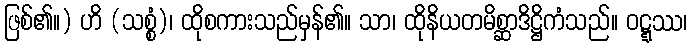
ဖြစ်၏။) ဟိ (သစ္စံ)၊ ထိုစကားသည်မှန်၏။ သာ၊ ထိုနိယတမိစ္ဆာဒိဋ္ဌိကံသည်။ ဝဋ္ဋဿ၊